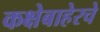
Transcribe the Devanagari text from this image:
कक्षेबाहेरचे